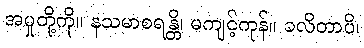
အမှုတို့ကို။ နသမာစရန္တိ၊ မကျင့်ကုန်။ ခလိတာပိ၊